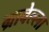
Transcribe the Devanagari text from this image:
ग्रावेल्ला